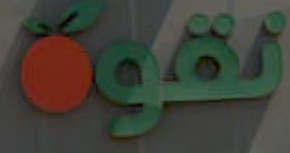
نقون